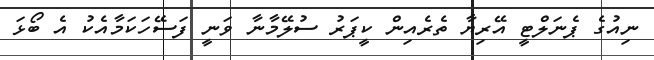
ނިއުގެ ޕެނަލްޓީ އޭރިޔާ ތެރެއިން ކީޕަރު ސުލޭމާނާ ވަނީ ފަސޭހަކަމާއެކު އެ ބޯޅަ